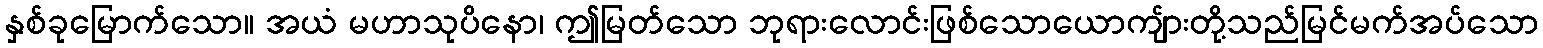
နှစ်ခုမြောက်သော။ အယံ မဟာသုပိနော၊ ဤမြတ်သော ဘုရားလောင်းဖြစ်သောယောကျ်ားတို့သည်မြင်မက်အပ်သော